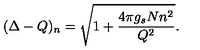
( \Delta - Q ) _ { n } = \sqrt { 1 + \frac { 4 \pi g _ { s } N n ^ { 2 } } { Q ^ { 2 } } } .